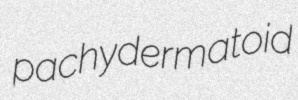
pachydermatoid